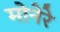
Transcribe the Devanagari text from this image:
मोनेरे